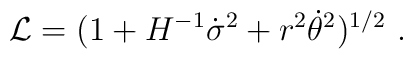
{\cal L}= (1+H^{-1}\dot \sigma^2+r^2 \dot \theta^2)^{1/2}\ .